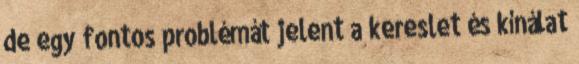
de egy fontos problémát jelent a kereslet és kínálat